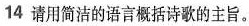
14请用简洁的语言概括诗歌的主旨。